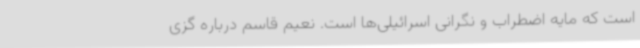
است که مایه اضطراب و نگرانی اسرائیلی‌ها است. نعیم قاسم درباره گزی